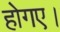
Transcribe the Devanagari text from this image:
होगए।